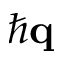
\hbar { \bf q }